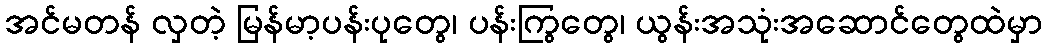
အင်မတန် လှတဲ့ မြန်မာ့ပန်းပုတွေ၊ ပန်းကြွတွေ၊ ယွန်းအသုံးအဆောင်တွေထဲမှာ